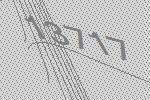
13717